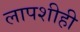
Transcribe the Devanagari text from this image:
लापशीही